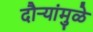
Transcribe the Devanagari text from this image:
दौर्‍यांमुळे